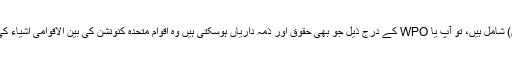
اگر اس ویب سائٹ پر پیش کردہ معلومات اور موادوں میں اشیاء کی فروخت (جیسے مطبوعات، کتابیں) شامل ہیں، تو آپ یا WPO کے درج ذیل جو بھی حقوق اور ذمہ داریاں ہوسکتی ہیں وہ اقوام متحدہ کنونشن کی بین الاقوامی اشیاء کی فروخت (“CISG”) کے اقرار ناموں کے تحت نہیں ہوں گی اور یہ اس کے اطلاق سے مستثنی ہوگا۔